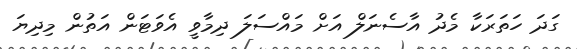
ގަދަ ހަތަރަކާ މެދު އާސެނަލް އަށް މައްސަލަ ދިމާވީ އެވަޓަން އަތުން މިދިޔަ